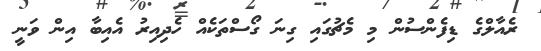
ރެއާލްގެ ޑިފެންސުން މި މެޗުގައި ގިނަ ގޯސްތަކެއް ހެދިއިރު އެއިބާ އިން ވަނީ